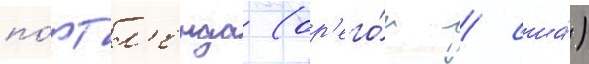
по́ртл'енда (ор'его́н / сша́)